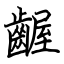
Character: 齷